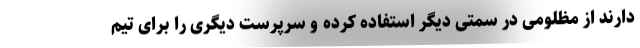
دارند از مظلومی در سمتی دیگر استفاده کرده و سرپرست دیگری را برای تیم